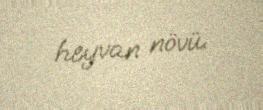
heyvan növü.